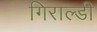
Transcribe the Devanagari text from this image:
गिराल्डी